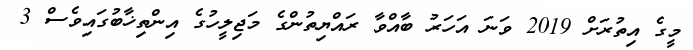
މީގެ އިތުރަށް 2019 ވަނަ އަހަރު ބާއްވާ ރައްޔިތުންގެ މަޖިލީހުގެ އިންތިޚާބުގައިވެސް 3